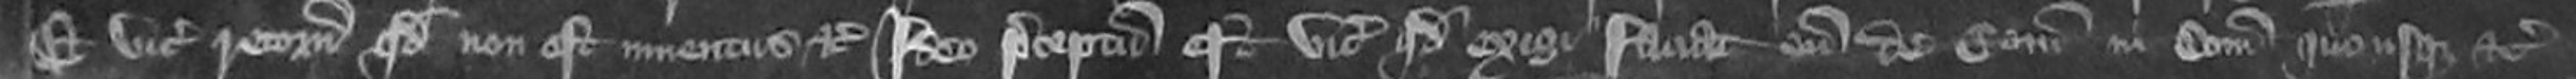
Et vicecomes retornavit quod non est inventus etc Ideo preceptum est vicecomiti quod exigi faciat eum de Comitatus in Comitatum quousque etc